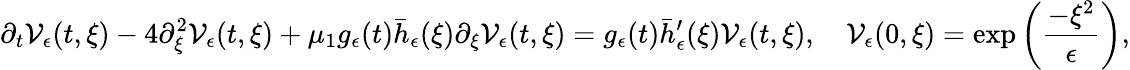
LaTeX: \partial_{t}\mathcal{V}_{\epsilon}(t,\xi)-4\partial_{\xi}^{2}\mathcal{V}_{\epsilon}(t,\xi)+\mu_{1}g_{\epsilon}(t)\bar{h}_{\epsilon}(\xi)\partial_{\xi}\mathcal{V}_{\epsilon}(t,\xi)=g_{\epsilon}(t)\bar{h}_{\epsilon}^{\prime}(\xi)\mathcal{V}_{\epsilon}(t,\xi),\quad\mathcal{V}_{\epsilon}(0,\xi)=\exp\left(\frac{-\xi^{2}}{\epsilon}\right),